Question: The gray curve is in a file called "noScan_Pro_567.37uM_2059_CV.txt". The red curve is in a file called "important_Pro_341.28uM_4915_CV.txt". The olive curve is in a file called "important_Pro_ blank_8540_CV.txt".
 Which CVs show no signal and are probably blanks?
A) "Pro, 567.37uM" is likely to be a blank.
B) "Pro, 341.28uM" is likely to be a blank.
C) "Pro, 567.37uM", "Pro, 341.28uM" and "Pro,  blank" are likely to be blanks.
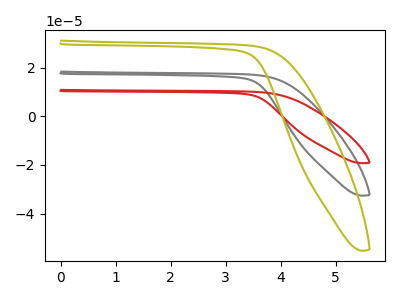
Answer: <think>The gray curve "Pro, 567.37uM" has no peaks. The red curve "Pro, 341.28uM" has no peaks. The olive curve "Pro,  blank" has no peaks.</think>
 <answer>C) "Pro, 567.37uM", "Pro, 341.28uM" and "Pro,  blank" are likely to be blanks.</answer>
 <eval>C</eval>